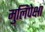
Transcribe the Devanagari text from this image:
मुलिंपेक्षा